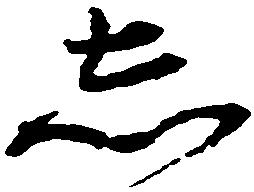
し